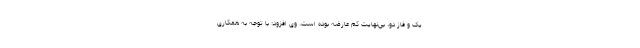
یک و فاز دو، بی‌نهایت کم عارضه بوده است. وی افزود: با توجه به همکاری